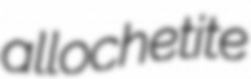
allochetite